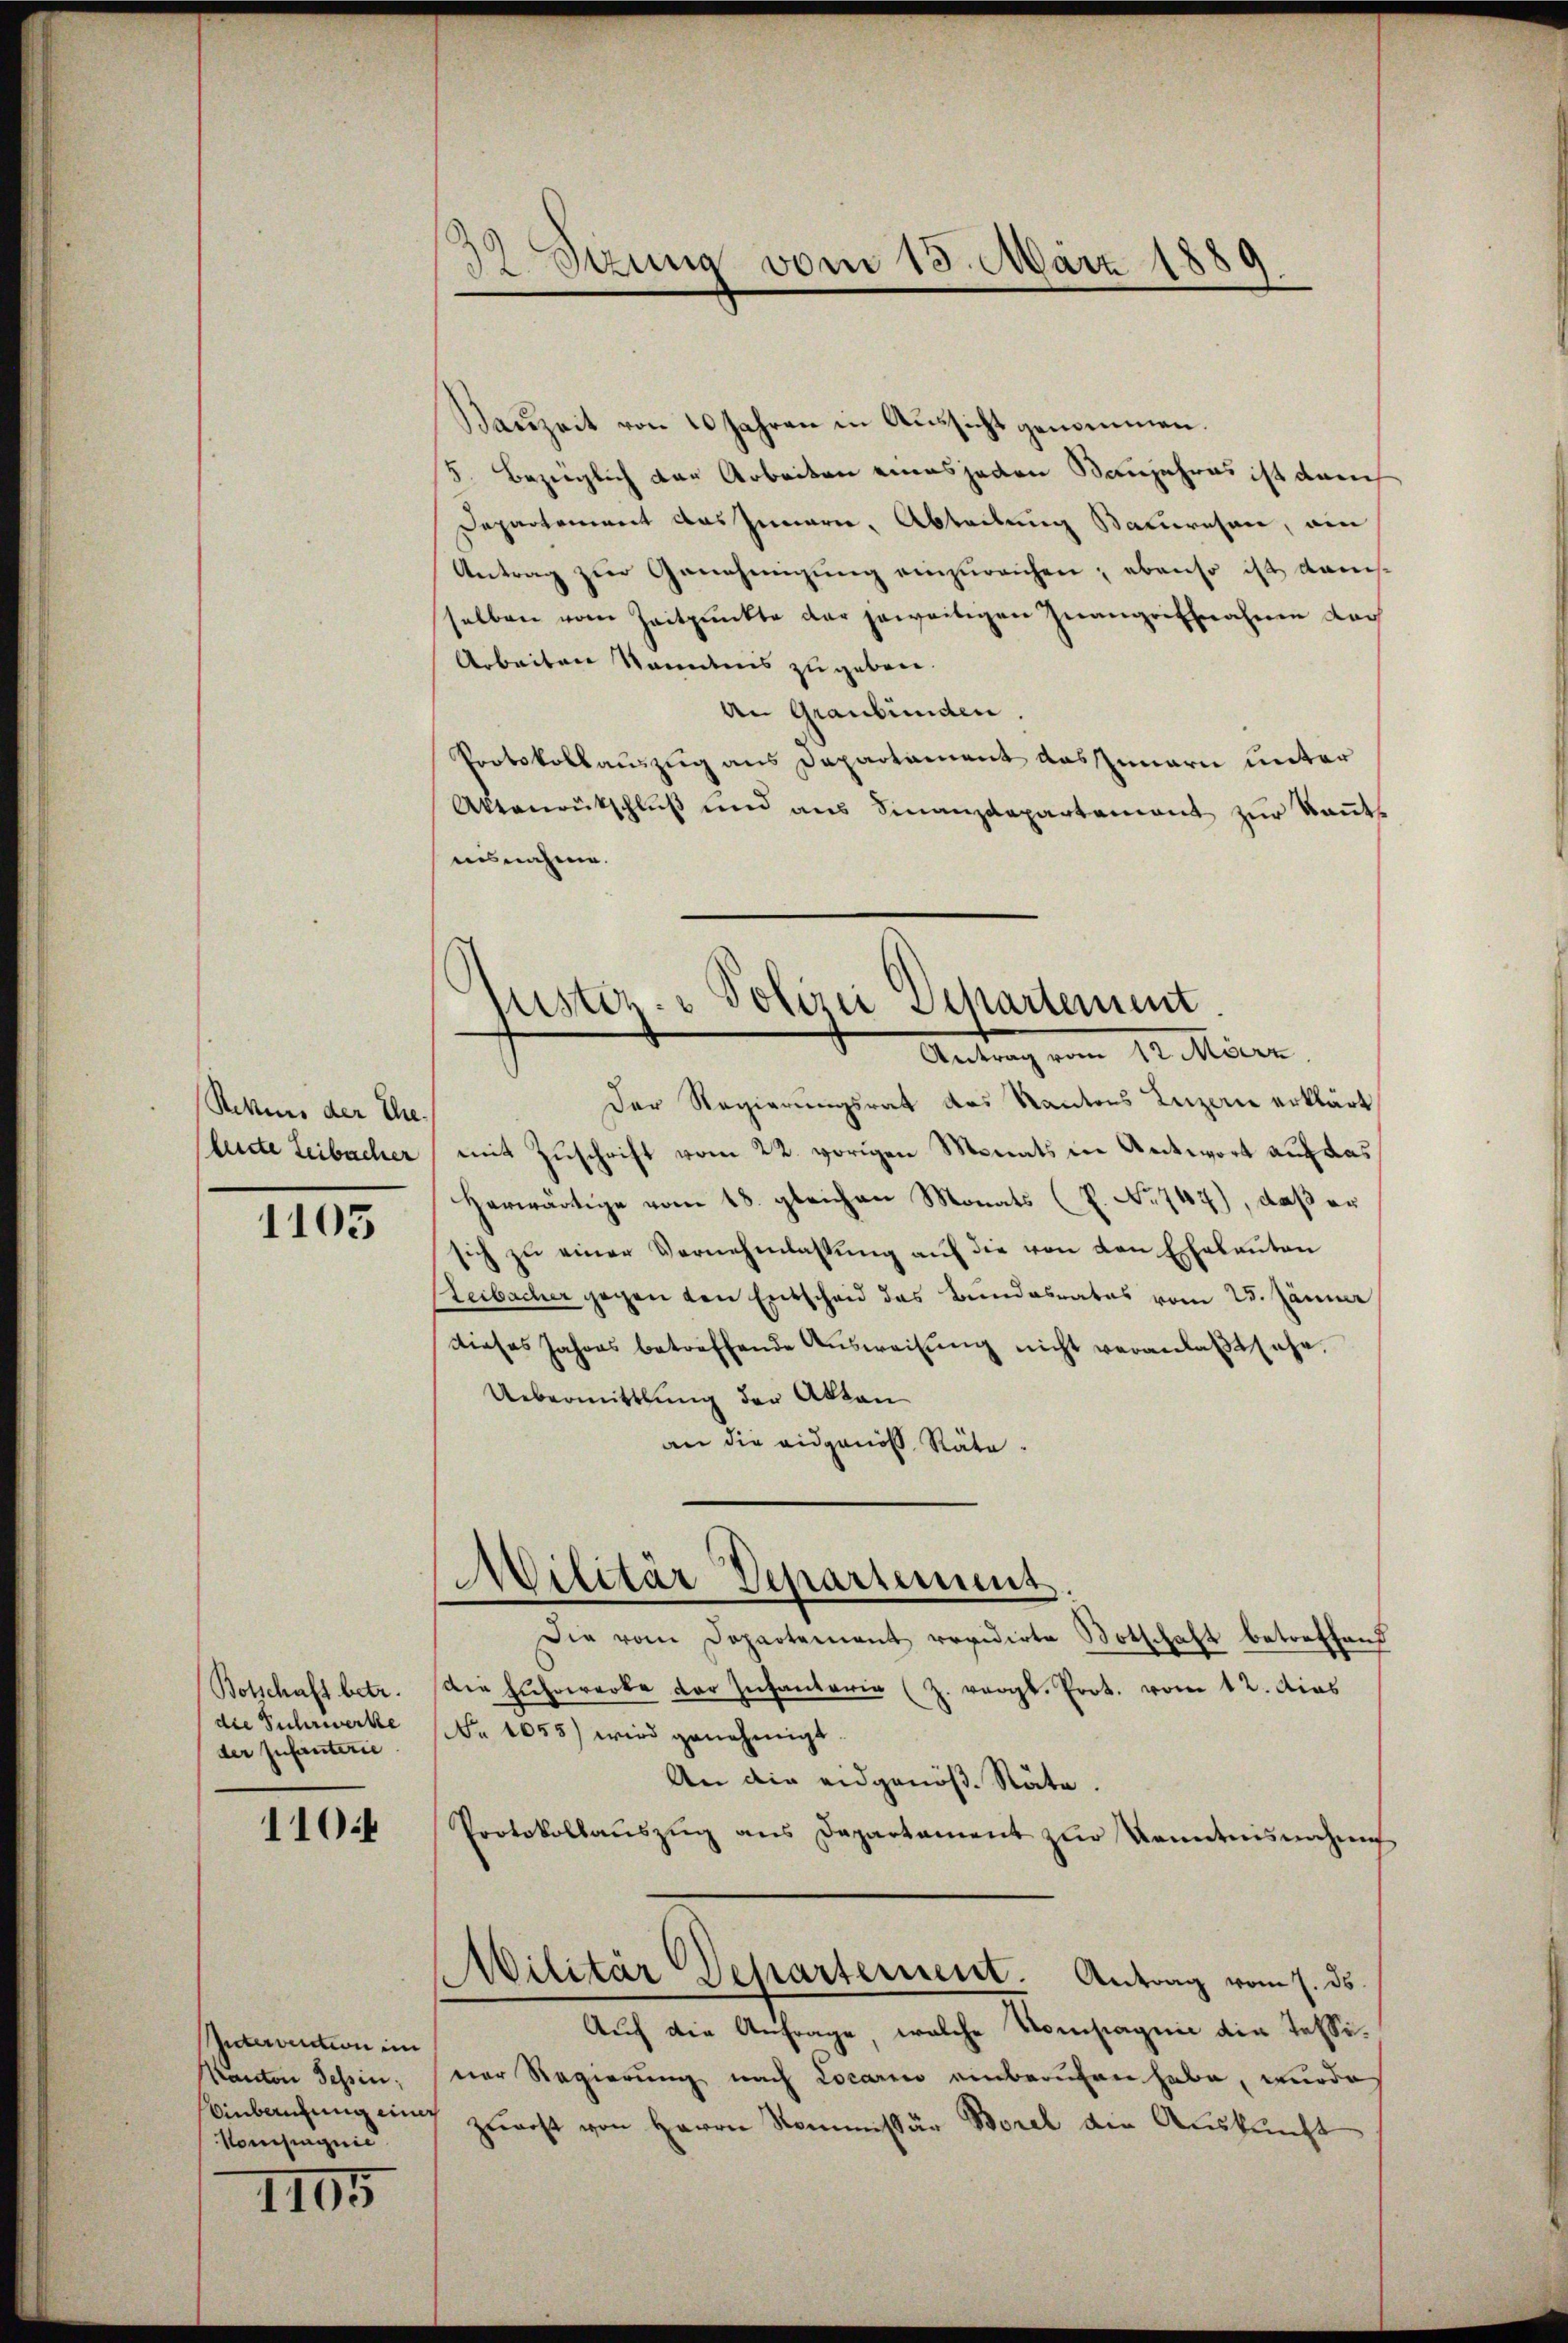
Rekurs der Ehe.
leiste Leibacher

1105

Botschaft betr.
die Fuhrwerke
der Infanterie

110:

Intervention im
Kanton Tessin;
Einberufung ein
Nomsiagnie

1105

32 Sizung vom 15. März 1889
e

Bauzeit von 10 Jahren in Aussicht genommen.
5. Bezeiglich der Arbeiten eines jeden Banjahres ist danch
Departement das Innern, Abteilung Sauwesen, ein
Antrag zur Genehmigung einzureichen; ebenso ist danselben vom Zeitpunkte der jeweitigen Inangriffnahme doch
Arbeiten Standes zu geben.
an Graubünden.
Protokollauszug aus Departament das Innern unter
Aktenrütschlŭβ und ans Finanzdepartement zŭr Baŭte
ausnahme.
Der Regierungsrat des Kantons Luzerne erklärt
mit Zuschrift vom 22. vorigen Monats in Antwort auf das
Herwärtige vom 18. gleichen Monats (P. No 747), daß er
sich zŭ einer Vernehmlassŭng aŭf die von den Ehebaŭten
Heibacher gegen den Entscheid das Bundesrates vom 25. Jänner
dieses Jahres betreffende Aŭsweisŭng nicht veranlaβt sehe.
Uebermittlung der Akten
an die eidgenoß Räte.
Militär Departement
Die vom Departement revidirte Notschaft betreffend
die Fuhrwerke der Infanterie (Z. vergl. Prot. vom 12. dies
(Nr. 1055) wird genehmigt
An die eidgenöß. Räte.
Protokollauszug aus Departement zur Kenntnisnahme
Militär Departement. Antrag vom 1. ds.
Auf die Anfrage, welche Vorstagnie die Tessiner Regierung nach Locario einberufen habe, wurde
zuerst von Herrn Kommissär Borel die Auskunft

slister & Polizei Departement
Antrag vom 12. März.